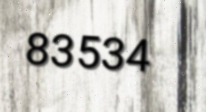
83534